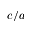
c / a